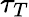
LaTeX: \tau_{T}